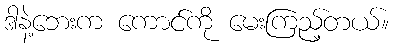
ဒါနဲ့ဘေးက ကောင်ကို မေးကြည့်တယ်။